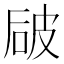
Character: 𰦻